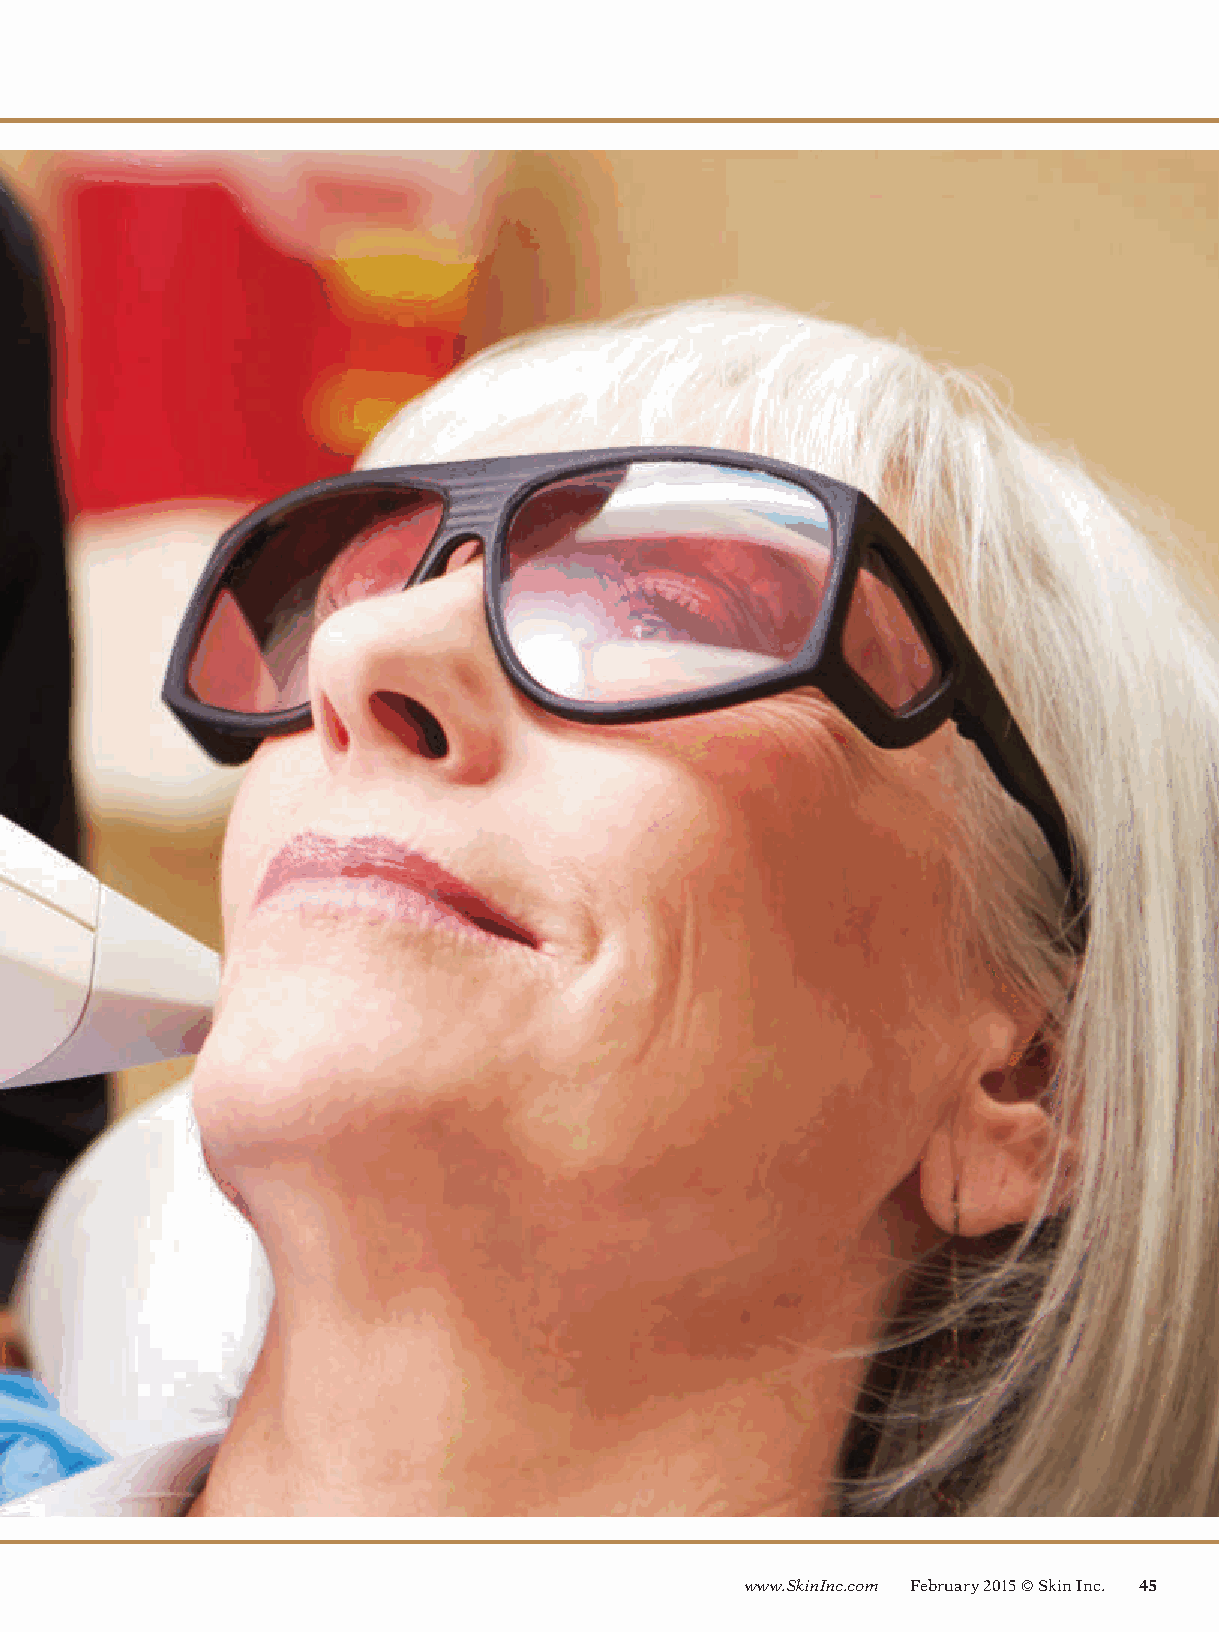
www.SkinInc.com February 2015 © Skin Inc. 45
 SI1502_Anti-aging_Siberman_fcx.indd 45                               1/9/15 9:35 AM